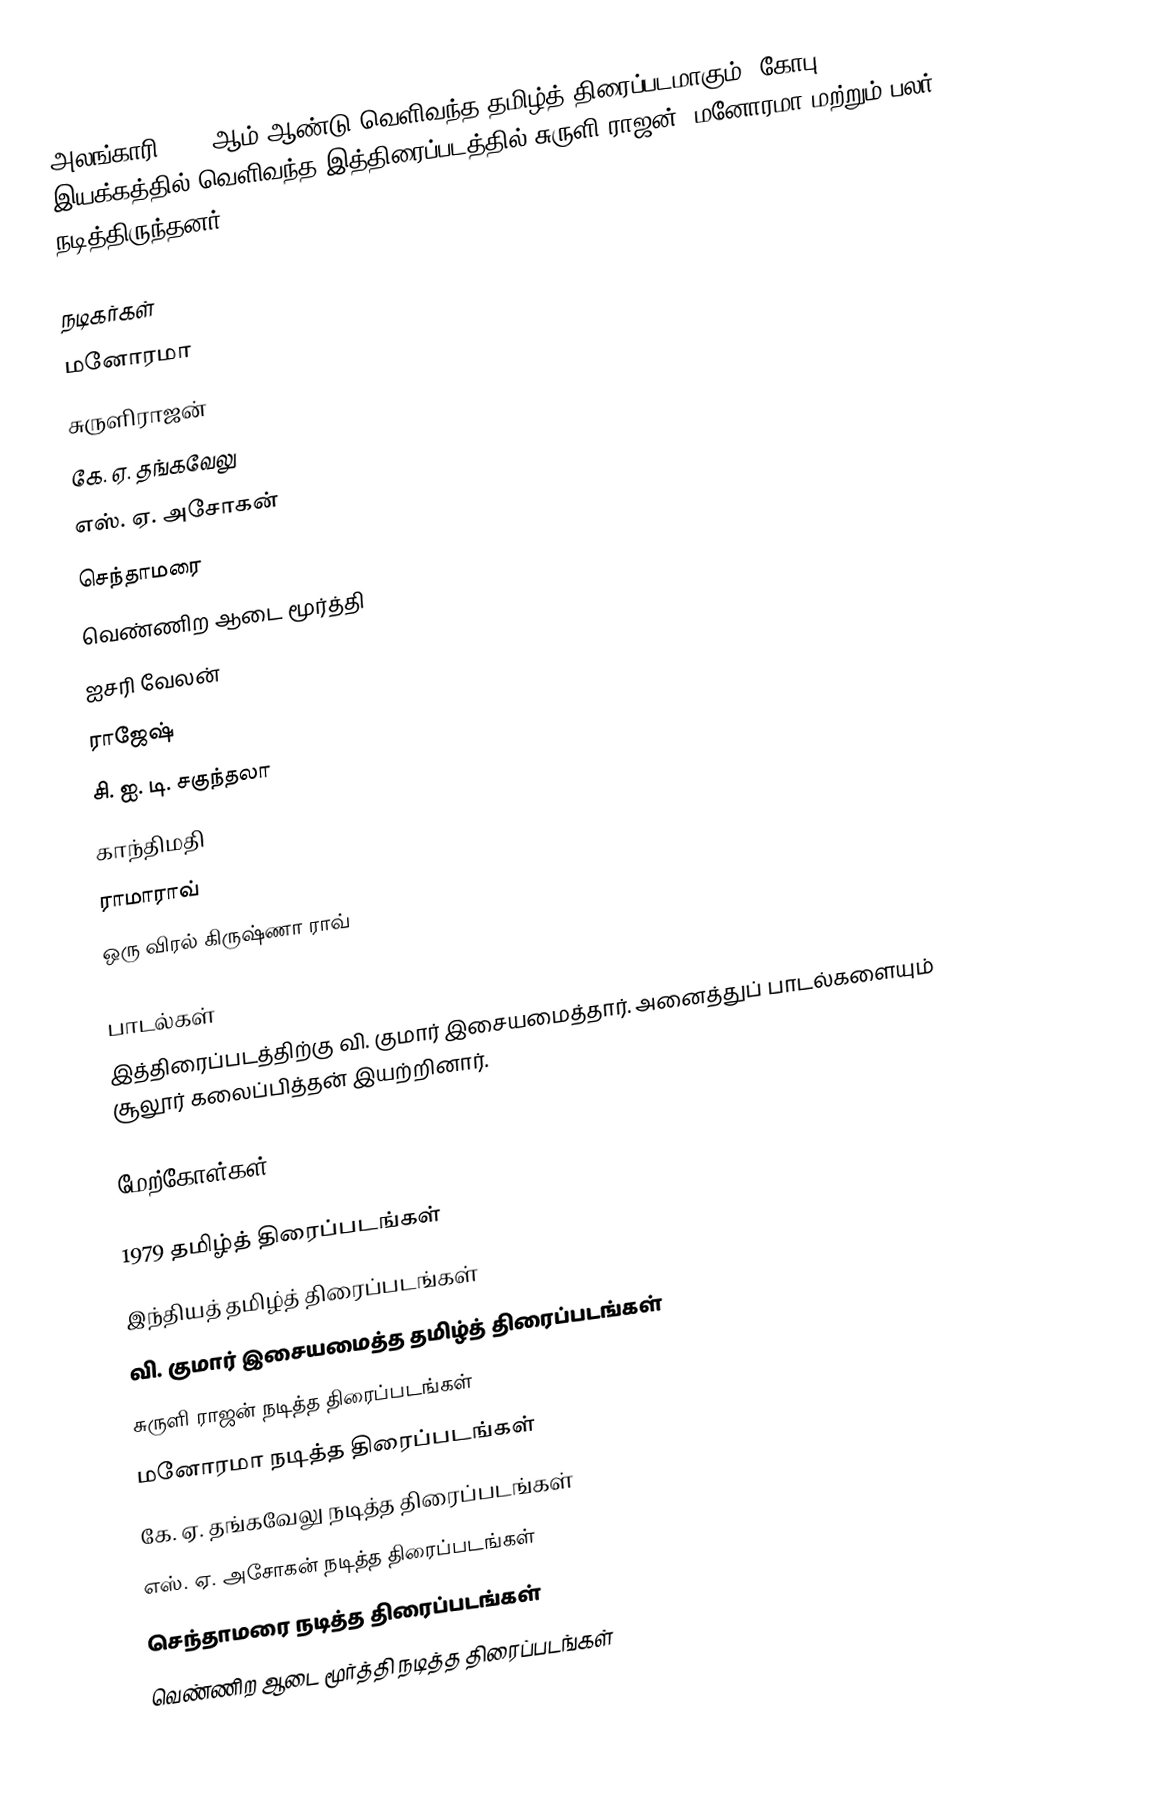
அலங்காரி 1979 ஆம் ஆண்டு வெளிவந்த தமிழ்த் திரைப்படமாகும். கோபு இயக்கத்தில் வெளிவந்த இத்திரைப்படத்தில் சுருளி ராஜன், மனோரமா மற்றும் பலர் நடித்திருந்தனர்.

நடிகர்கள்
 மனோரமா
 சுருளிராஜன்
 கே. ஏ. தங்கவேலு
 எஸ். ஏ. அசோகன்
 செந்தாமரை
 வெண்ணிற ஆடை மூர்த்தி
 ஐசரி வேலன்
 ராஜேஷ்
 சி. ஐ. டி. சகுந்தலா
 காந்திமதி
 ராமாராவ்
 ஒரு விரல் கிருஷ்ணா ராவ்

பாடல்கள்
இத்திரைப்படத்திற்கு வி. குமார் இசையமைத்தார். அனைத்துப் பாடல்களையும் சூலூர் கலைப்பித்தன் இயற்றினார்.

மேற்கோள்கள்

1979 தமிழ்த் திரைப்படங்கள்
இந்தியத் தமிழ்த் திரைப்படங்கள்
வி. குமார் இசையமைத்த தமிழ்த் திரைப்படங்கள்
சுருளி ராஜன் நடித்த திரைப்படங்கள்
மனோரமா நடித்த திரைப்படங்கள்
கே. ஏ. தங்கவேலு நடித்த திரைப்படங்கள்
எஸ். ஏ. அசோகன் நடித்த திரைப்படங்கள்
செந்தாமரை நடித்த திரைப்படங்கள்
வெண்ணிற ஆடை மூர்த்தி நடித்த திரைப்படங்கள்